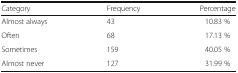
| Category | Frequency | Percentage |
 | --- | --- | --- |
 | Almost always | 43 | 10.83 % |
 | Often | 68 | 17.13 % |
 | Sometimes | 159 | 40.05 % |
 | Almost never | 127 | 31.99 % |